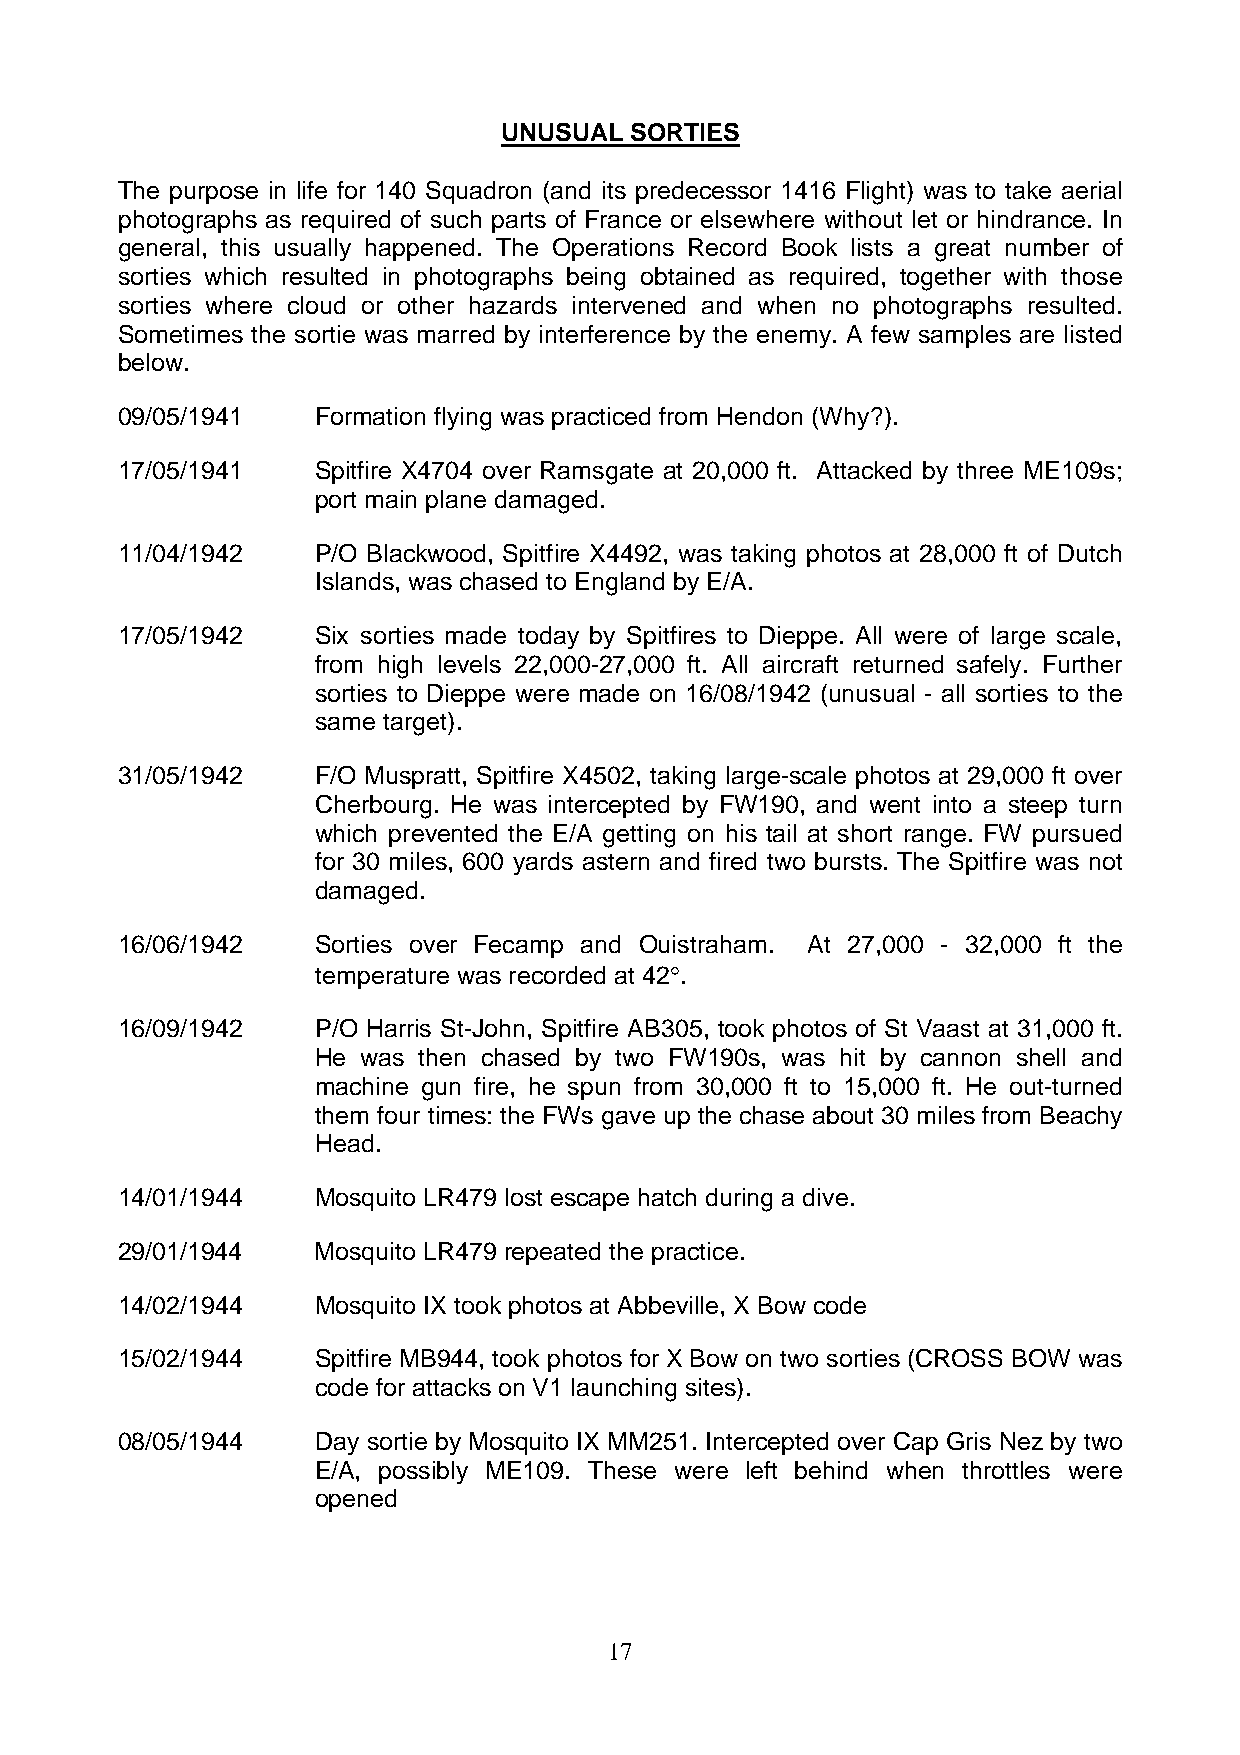
UNUSUAL  SORTIES
 The purpose in life for 140 Squadron (and its predecessor 1416 Flight) was to take aerial
 photographs as required of such parts of France or elsewhere without let or hindrance. In
 general, this usually happened. The Operations Record Book lists a great number of
 sorties which resulted in photographs being obtained as required, together with those
 sorties where cloud or other hazards intervened and when no photographs resulted.
 Sometimes the sortie was marred by interference by the enemy. A few samples are listed
 below.
 09/05/1941   Formation flying was practiced from Hendon (Why?).
 17/05/1941   Spitfire X4704 over Ramsgate at 20,000 ft. Attacked by three ME109s;
 port main plane damaged.
 11/04/1942   P/O Blackwood, Spitfire X4492, was taking photos at 28,000 ft of Dutch
 Islands, was chased to England by E/A.
 17/05/1942   Six sorties made today by Spitfires to Dieppe. All were of large scale,
 from high levels 22,000-27,000 ft. All aircraft returned safely. Further
 sorties to Dieppe were made on 16/08/1942 (unusual - all sorties to the
 same target).
 31/05/1942   F/O Muspratt, Spitfire X4502, taking large-scale photos at 29,000 ft over
 Cherbourg. He was intercepted by FW190, and went into a steep turn
 which prevented the E/A getting on his tail at short range. FW pursued
 for 30 miles, 600 yards astern and fired two bursts. The Spitfire was not
 damaged.
 16/06/1942   Sorties over Fecamp and Ouistraham. At 27,000 - 32,000 ft the
 temperature was recorded at 42°.
 16/09/1942   P/O Harris St-John, Spitfire AB305, took photos of St Vaast at 31,000 ft.
 He was then chased by two FW190s, was hit by cannon shell and
 machine gun fire, he spun from 30,000 ft to 15,000 ft. He out-turned
 them four times: the FWs gave up the chase about 30 miles from Beachy
 Head.
 14/01/1944   Mosquito LR479 lost escape hatch during a dive.
 29/01/1944   Mosquito LR479 repeated the practice.
 14/02/1944   Mosquito IX took photos at Abbeville, X Bow code
 15/02/1944   Spitfire MB944, took photos for X Bow on two sorties (CROSS BOW was
 code for attacks on V1 launching sites).
 08/05/1944   Day sortie by Mosquito IX MM251. Intercepted over Cap Gris Nez by two
 E/A, possibly ME109. These were left behind when throttles were
 opened
 17